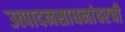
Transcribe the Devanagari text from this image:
उत्पादनसाधनांवरची